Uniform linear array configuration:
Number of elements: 32
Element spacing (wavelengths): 0.25
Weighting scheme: blackman
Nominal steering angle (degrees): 15
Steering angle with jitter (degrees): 15.964
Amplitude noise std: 0.05
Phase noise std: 0.05

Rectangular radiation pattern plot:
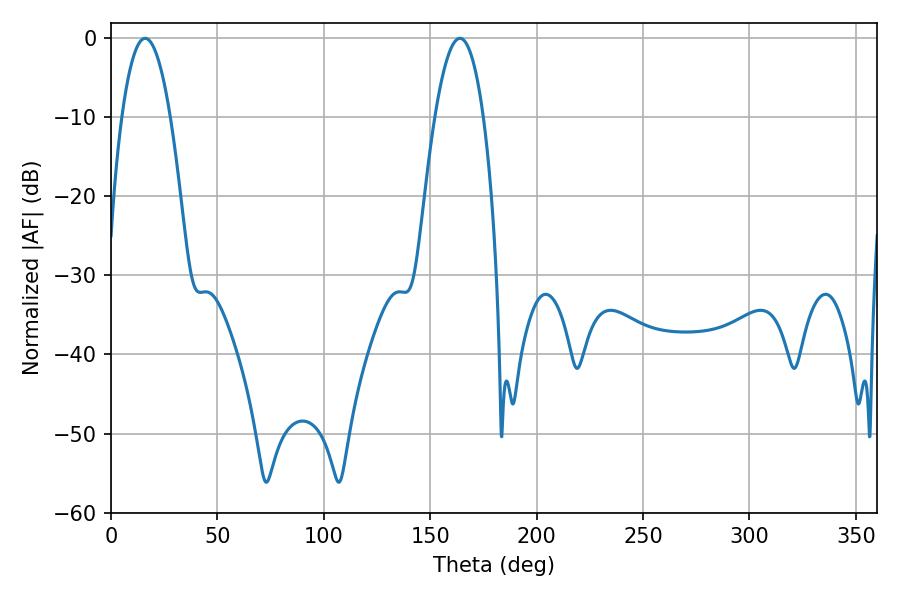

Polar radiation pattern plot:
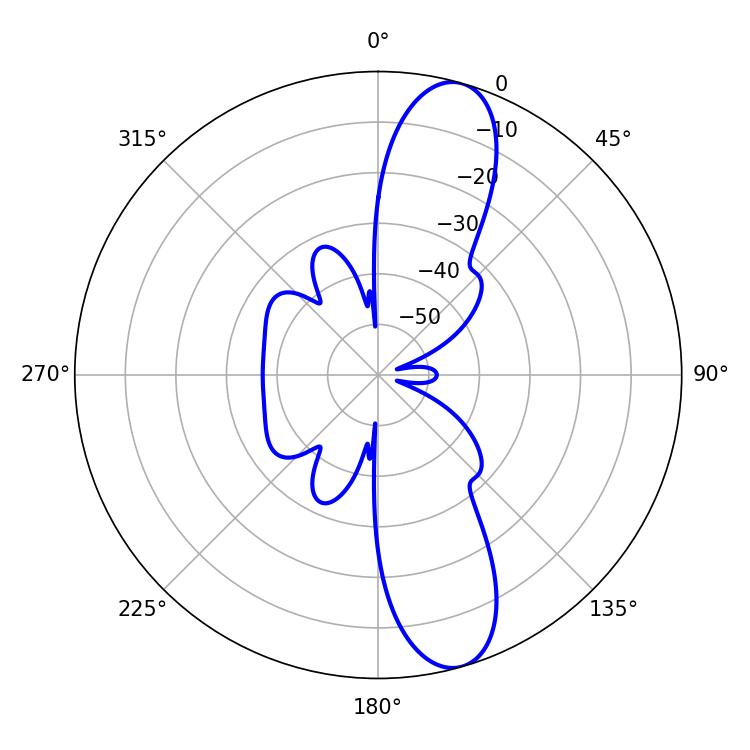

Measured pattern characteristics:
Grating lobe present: FALSE
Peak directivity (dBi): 11.833
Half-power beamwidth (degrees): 12.6
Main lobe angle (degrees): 16.02